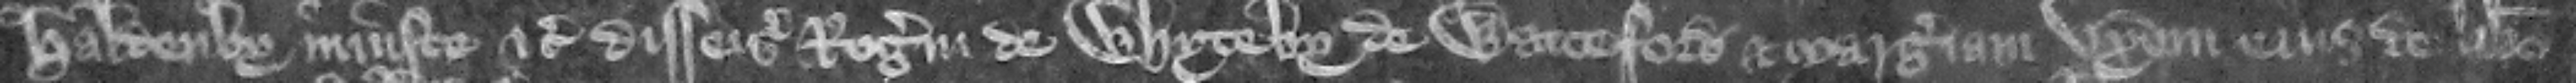
Haldenby iniuste etc. disseisiuerunt Rogerum de Whyteby de Watteford et Margeriam vxorem eius de libero